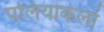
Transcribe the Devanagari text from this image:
पलियाकलां